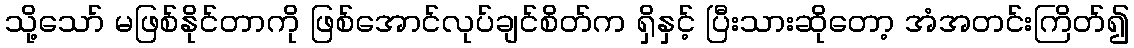
သို့သော် မဖြစ်နိုင်တာကို ဖြစ်အောင်လုပ်ချင်စိတ်က ရှိနှင့် ပြီးသားဆိုတော့ အံအတင်းကြိတ်၍